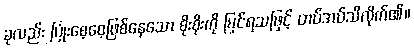
ခုလည်း ပြုံးစေ့စေ့ဖြစ်နေသော စိုးစိုးကို မြင်ရသဖြင့် တပ်အပ်သိလိုက်၏။